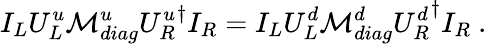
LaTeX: I_{L}U_{L}^{u}{\cal M}_{diag}^{u}{U_{R}^{u}}^{\dagger}I_{R}=I_{L}U_{L}^{d}{\cal M}_{diag}^{d}{U_{R}^{d}}^{\dagger}I_{R}~.